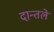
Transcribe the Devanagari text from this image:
दान्तले